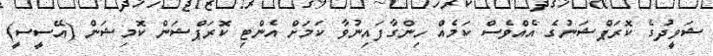
ޝަވީދުގެ ކޮރަޕްޝަނުގެ އެއްވެސް ކަމެއް ހިންގާފައިނުވާ ކަމަށް އެންޓި ކޮރަޕްޝަން ކޮމިޝަން (އޭސީސީ)